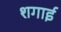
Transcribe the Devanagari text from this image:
शगाई